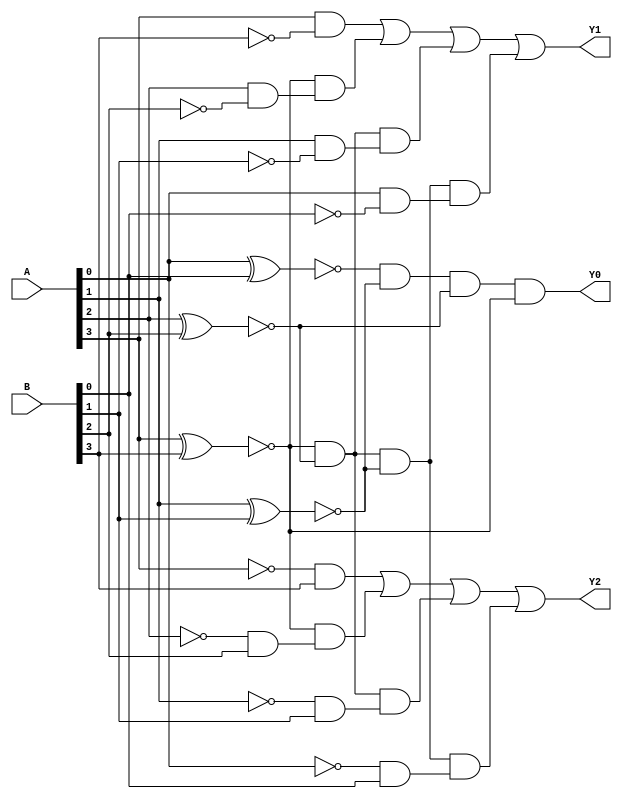
`timescale 1ns / 1ps

module Comparator_4bit(
    input [3:0] A,
    input [3:0] B,
    output Y0, //A=B
    output Y1, //A>B
    output Y2  //A<B
    );
    wire [3:0] NA;
    wire [3:0] NB;
    wire [3:0] AxnorB;
    wire [7:0] AandB;
    wire [3:0] result1;
    wire [3:0] result2;
    
    //
    not(NA[0],A[0]);
    not(NA[1],A[1]);
    not(NA[2],A[2]);
    not(NA[3],A[3]);
    not(NB[0],B[0]);
    not(NB[1],B[1]);
    not(NB[2],B[2]);
    not(NB[3],B[3]);
    
    //
    xnor(AxnorB[0],A[0],B[0]);
    xnor(AxnorB[1],A[1],B[1]);
    xnor(AxnorB[2],A[2],B[2]);
    xnor(AxnorB[3],A[3],B[3]);
    
    //
    and(AandB[0],NA[0],B[0]);
    and(AandB[1],A[0],NB[0]);//0
    and(AandB[2],NA[1],B[1]);
    and(AandB[3],A[1],NB[1]);//1
    and(AandB[4],NA[2],B[2]);
    and(AandB[5],A[2],NB[2]);//2
    and(AandB[6],NA[3],B[3]);
    and(AandB[7],A[3],NB[3]);//3
    
    and(result1[0],AandB[7]);
    and(result1[1],AxnorB[3],AandB[5]);
    and(result1[2],AxnorB[3],AxnorB[2],AandB[3]);
    and(result1[3],AxnorB[3],AxnorB[2],AxnorB[1],AandB[1]);
    and(result2[0],AandB[6]);
    and(result2[1],AxnorB[3],AandB[4]);
    and(result2[2],AxnorB[3],AxnorB[2],AandB[2]);
    and(result2[3],AxnorB[3],AxnorB[2],AxnorB[1],AandB[0]);
    
    //
    and(Y0,AxnorB[0],AxnorB[1],AxnorB[2],AxnorB[3]);
    or(Y1,result1[0],result1[1],result1[2],result1[3]);
    or(Y2,result2[0],result2[1],result2[2],result2[3]);

endmodule

module Comparator_16bit(
    input [15:0] A,
    input [15:0] B,
    output Y0, //A=B
    output Y1, //A>B
    output Y2 //A<B
    );
    
    wire [11:0] F;
    
    Comparator_4bit u0(
        .A (A[3:0]),
        .B (B[3:0]),
        .Y0 (F[0]),
        .Y1 (F[4]),
        .Y2 (F[8])
    );
    
    Comparator_4bit u1(
        .A (A[7:4]),
        .B (B[7:4]),
        .Y0 (F[1]),
        .Y1 (F[5]),
        .Y2 (F[9])
    );
    
    Comparator_4bit u2(
        .A (A[11:8]),
        .B (B[11:8]),
        .Y0 (F[2]),
        .Y1 (F[6]),
        .Y2 (F[10])
    );
    
    Comparator_4bit u3(
        .A (A[15:12]),
        .B (B[15:12]),
        .Y0 (F[3]),
        .Y1 (F[7]),
        .Y2 (F[11])
    );
    
    Comparator_4bit U(
        .A(F[7:4]),
        .B(F[11:8]),
        .Y0 (Y0),
        .Y1 (Y1),
        .Y2 (Y2)
    );
    
endmodule

module Comparator_2bit(
    input [1:0] A,
    input [1:0] B,
    output Y0, //A=B
    output Y1, //A>B
    output Y2  //A<B
    );
    wire [1:0] NA;
    wire [1:0] NB;
    wire [1:0] AxnorB;
    wire [3:0] AandB;
    wire [1:0] result1;
    wire [1:0] result2;
    
    //
    not(NA[0],A[0]);
    not(NA[1],A[1]);
    not(NB[0],B[0]);
    not(NB[1],B[1]);
    
    //
    xnor(AxnorB[0],A[0],B[0]);
    xnor(AxnorB[1],A[1],B[1]);
    
    //
    and(AandB[0],NA[0],B[0]);
    and(AandB[1],A[0],NB[0]);//0
    and(AandB[2],NA[1],B[1]);
    and(AandB[3],A[1],NB[1]);//1
    
    and(result1[0],AandB[3]);
    and(result1[1],AxnorB[1],AandB[1]);
    and(result2[0],AandB[2]);
    and(result2[1],AxnorB[1],AandB[0]);
    
    //
    and(Y0,AxnorB[0],AxnorB[1]);
    or(Y1,result1[0],result1[1]);
    or(Y2,result2[0],result2[1]);

endmodule

module Comparator_32bit(
    input [31:0] A,
    input [31:0] B,
    output Y0, //A=B
    output Y1, //A>B
    output Y2  //A<B
    );
    
    wire [5:0] F;
    
    Comparator_16bit u0(
        .A (A[15:0]),
        .B (B[15:0]),
        .Y0 (F[0]),
        .Y1 (F[2]),
        .Y2 (F[4])
    );
    
    Comparator_16bit u1(
        .A (A[31:16]),
        .B (B[31:16]),
        .Y0 (F[1]),
        .Y1 (F[3]),
        .Y2 (F[5])
    );
    
    Comparator_2bit U(
        .A(F[3:2]),
        .B(F[5:4]),
        .Y0 (Y0),
        .Y1 (Y1),
        .Y2 (Y2)
    );
    
endmodule